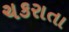
ચકરાતા